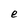
Character: e